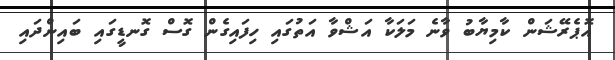
އޮޕެރޭޝަން ކާމިޔާބު ވާނެ މަލަކާ އަޝްވާ އަތުގައި ހިފައިގެން ގޮސް ގޮނޑީގައި ބައިންދައި